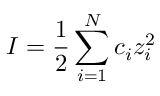
I = { \frac { 1 } { 2 } } \sum _ { i = 1 } ^ { N } c _ { i } z _ { i } ^ { 2 }